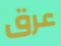
عرق